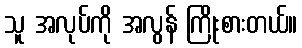
သူ အလုပ်ကို အလွန် ကြိုးစားတယ်။